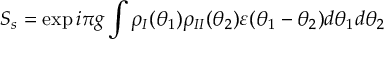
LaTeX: S _ { s } = \exp i \pi g \int \rho _ { I } ( \theta _ { 1 } ) \rho _ { I I } ( \theta _ { 2 } ) \varepsilon ( \theta _ { 1 } - \theta _ { 2 } ) d \theta _ { 1 } d \theta _ { 2 }